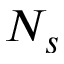
N _ { s }